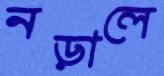
নড়ালে